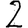
Digit: 2